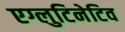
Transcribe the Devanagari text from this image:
एग्लुटिनेटिव